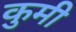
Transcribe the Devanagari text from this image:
कुमी